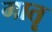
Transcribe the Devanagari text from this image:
मातॄ